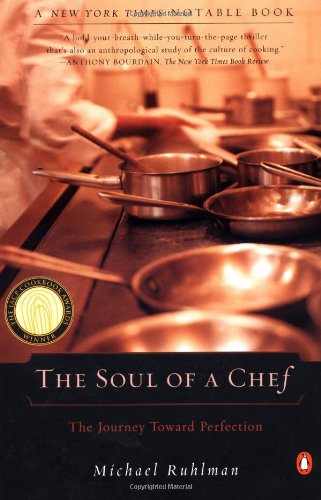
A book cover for The Soul of a Chef: The Journey Toward Perfection; Michael Ruhlman; Cookbooks, Food & Wine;